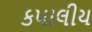
કપાલીય